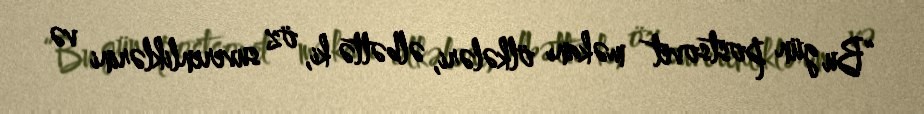
“Bu gün postsovet məkanı ölkələri, əlbəttə ki, öz suverenliklərini və